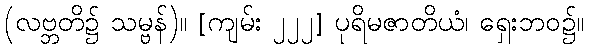
(လဗ္ဘတိ၌ သမ္ဗန်)။ [ကျမ်း ၂၂၂] ပုရိမဇာတိယံ၊ ရှေးဘဝ၌။